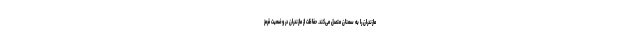
مازندران را به سمنان متصل می‌کند. حفاظت از مازندران در وضعیت قرمز